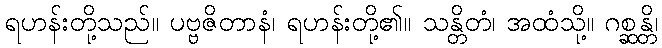
ရဟန်းတို့သည်။ ပဗ္ဗဇိတာနံ၊ ရဟန်းတို့၏။ သန္တိတံ၊ အထံသို့။ ဂစ္ဆန္တိ၊